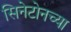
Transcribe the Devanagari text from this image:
सिनेटोनच्या